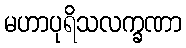
မဟာပုရိသလက္ခဏာ